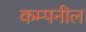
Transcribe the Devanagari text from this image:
कम्पनील